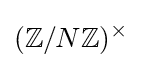
(\mathbb {Z} /N\mathbb {Z} )^{\times }